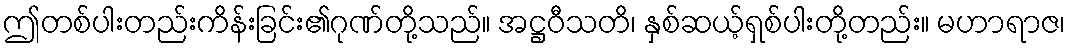
ဤတစ်ပါးတည်းကိန်းခြင်း၏ဂုဏ်တို့သည်။ အဋ္ဌဝီသတိ၊ နှစ်ဆယ့်ရှစ်ပါးတို့တည်း။ မဟာရာဇ၊